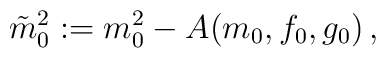
\tilde{m}_0^2 := m_0^2 - A(m_0,f_0,g_0) \,,